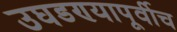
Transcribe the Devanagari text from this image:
उघडण्यापूर्वीच